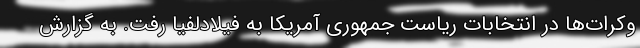
وکرات‌ها در انتخابات ریاست جمهوری آمریکا به فیلادلفیا رفت. به گزارش